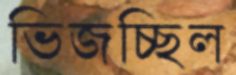
ভিজচ্ছিল